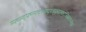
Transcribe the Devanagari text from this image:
म्फ्व्म्द्फ्म्न्फ्द्श्फ्द्श्ज्क्स्ज्फ्द्ज्ख्स्र्फिप्स्व्झ्र्